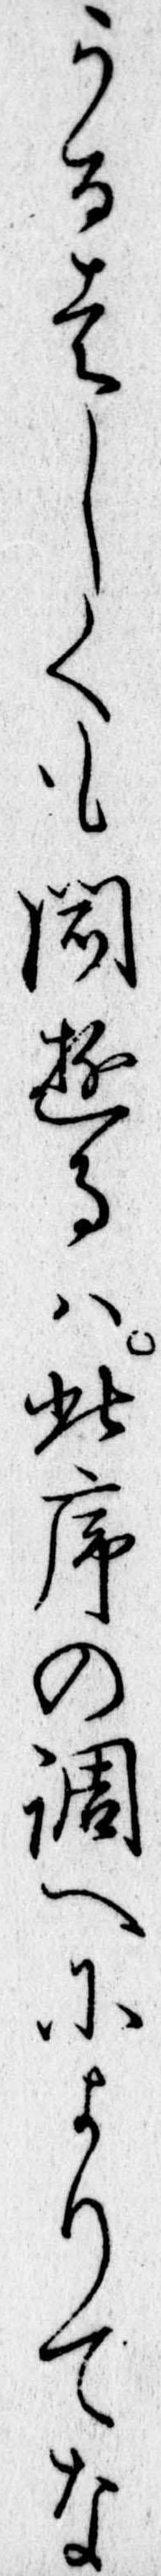
うるはしくも聞ゆるは此序の調へによりてな